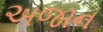
અજાન